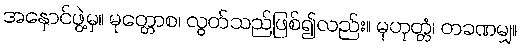
အနှောင်ဖွဲ့မှ။ မုတ္တောစ၊ လွတ်သည်ဖြစ်၍လည်း။ မုဟုတ္တံ၊ တခဏမျှ။